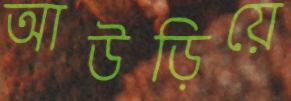
আউড়িয়ে